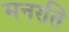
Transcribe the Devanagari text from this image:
मनरति